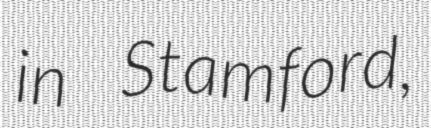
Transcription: in Stamford,